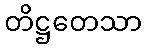
တိဋ္ဌတေသာ